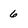
Character: 6